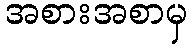
အစားအစာမှ